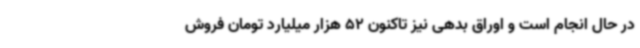
در حال انجام است و اوراق بدهی نیز تاکنون 52 هزار میلیارد تومان فروش